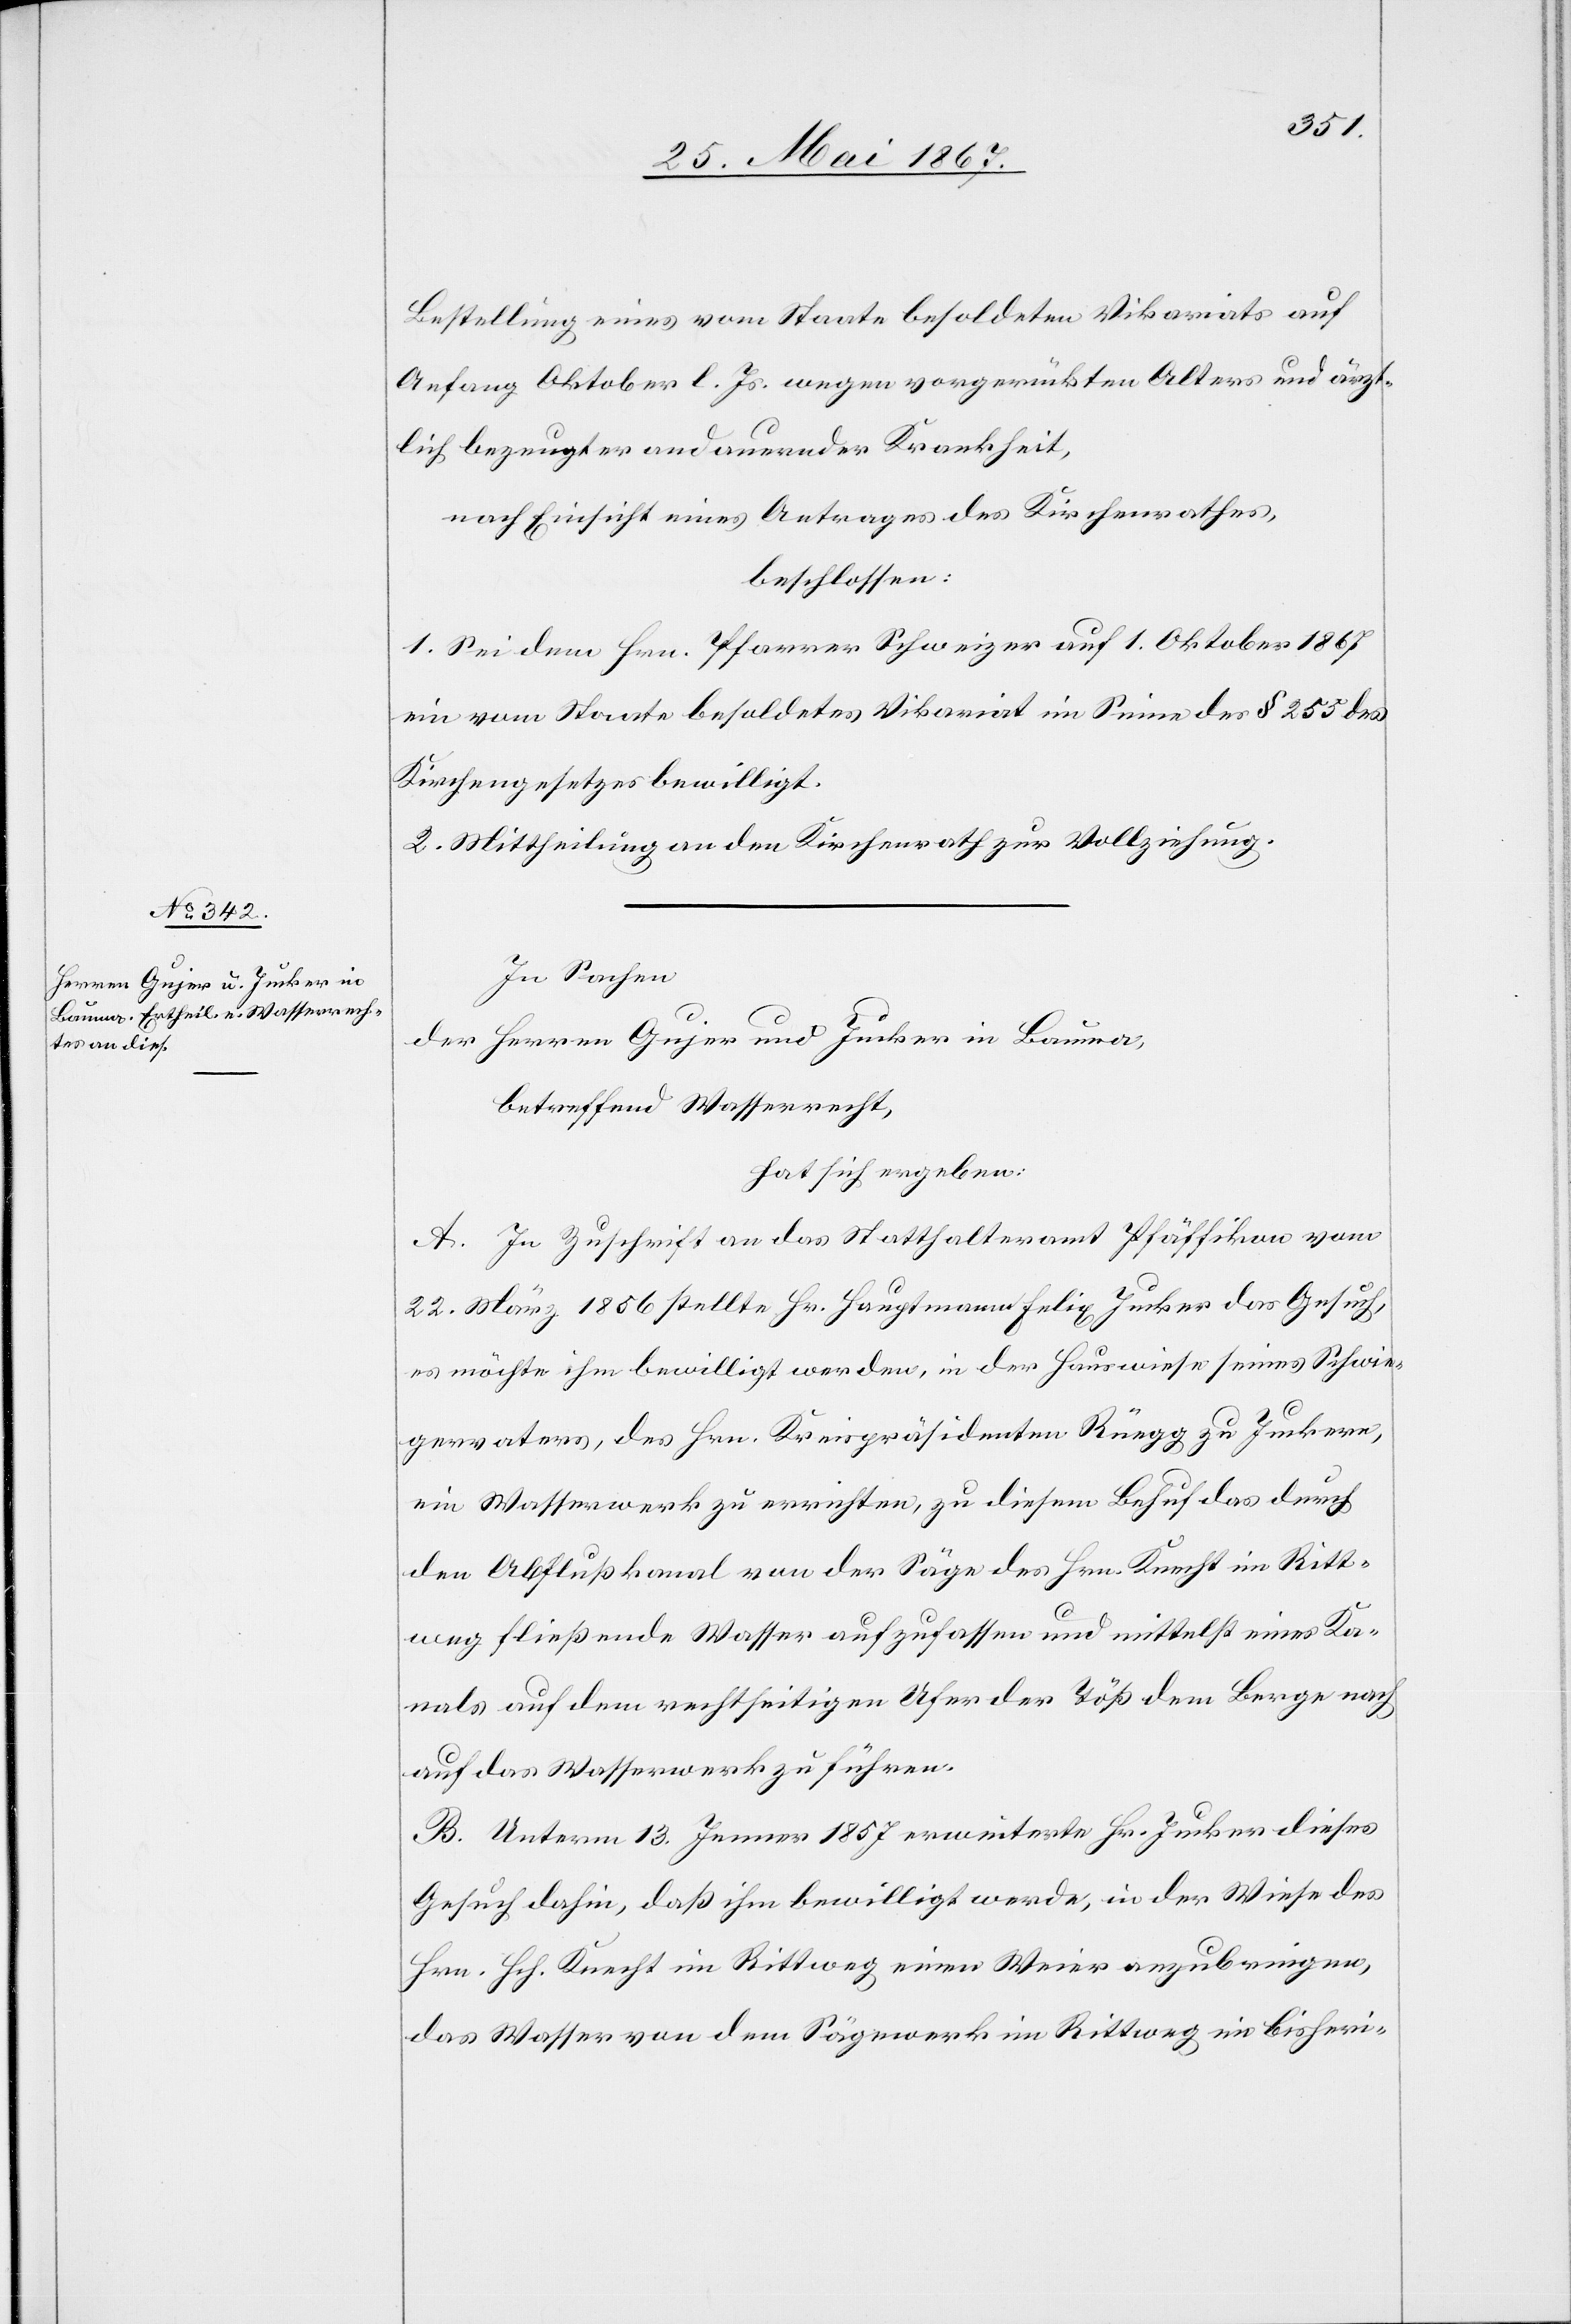
Bestellung eines vom Staate besoldeten Vikariats auf
Anfang Oktober l. Js. wegen vorgerückten Alters und ärzt¬
lich bezeugter andauernder Krankheit,
nach Einsicht eines Antrages des Kirchenrathes,
beschlossen:
1. Sei dem Hrn. Pfarrer Schweizer auf 1. Oktober 1867
ein vom Staate besoldetes Vikariat im Sinne des § 255 des
Kirchengesetzes bewilligt.
2. Mittheilung an den Kirchenrath zur Vollziehung.
In Sachen
der Herren Gujer und Jucker in Bauma,
betreffend Wasserrecht,
hat sich ergeben:
A. In Zuschrift an das Statthalteramt Pfäffikon vom
22. März 1856 stellte Hr. Hauptmann Felix Jucker das Gesuch,
es möchte ihm bewilligt werden, in der Hauswiese seines Schwie¬
gervaters, des Hrn. Kreispräsidenten Rüegg zu Junkern,
ein Wasserwerk zu errichten, zu diesem Behuf das durch
den Abflußkanal von der Säge des Hrn. Knecht in Ritt¬
weg fließende Wasser aufzufassen und mittelst eines Ka¬
nals auf dem rechtseitigen Ufer der Töß dem Berge nach
auf das Wasserwerk zu führen.
B. Unterm 13. Jenner 1857 erweiterte Hr. Jucker dieses
Gesuch dahin, daß ihm bewilligt werde, in der Wiese des
Hrn. Hch. Knecht im Rittweg einen Weier anzubringen,
das Wasser von dem Sägewerk im Rittweg im bisheri-